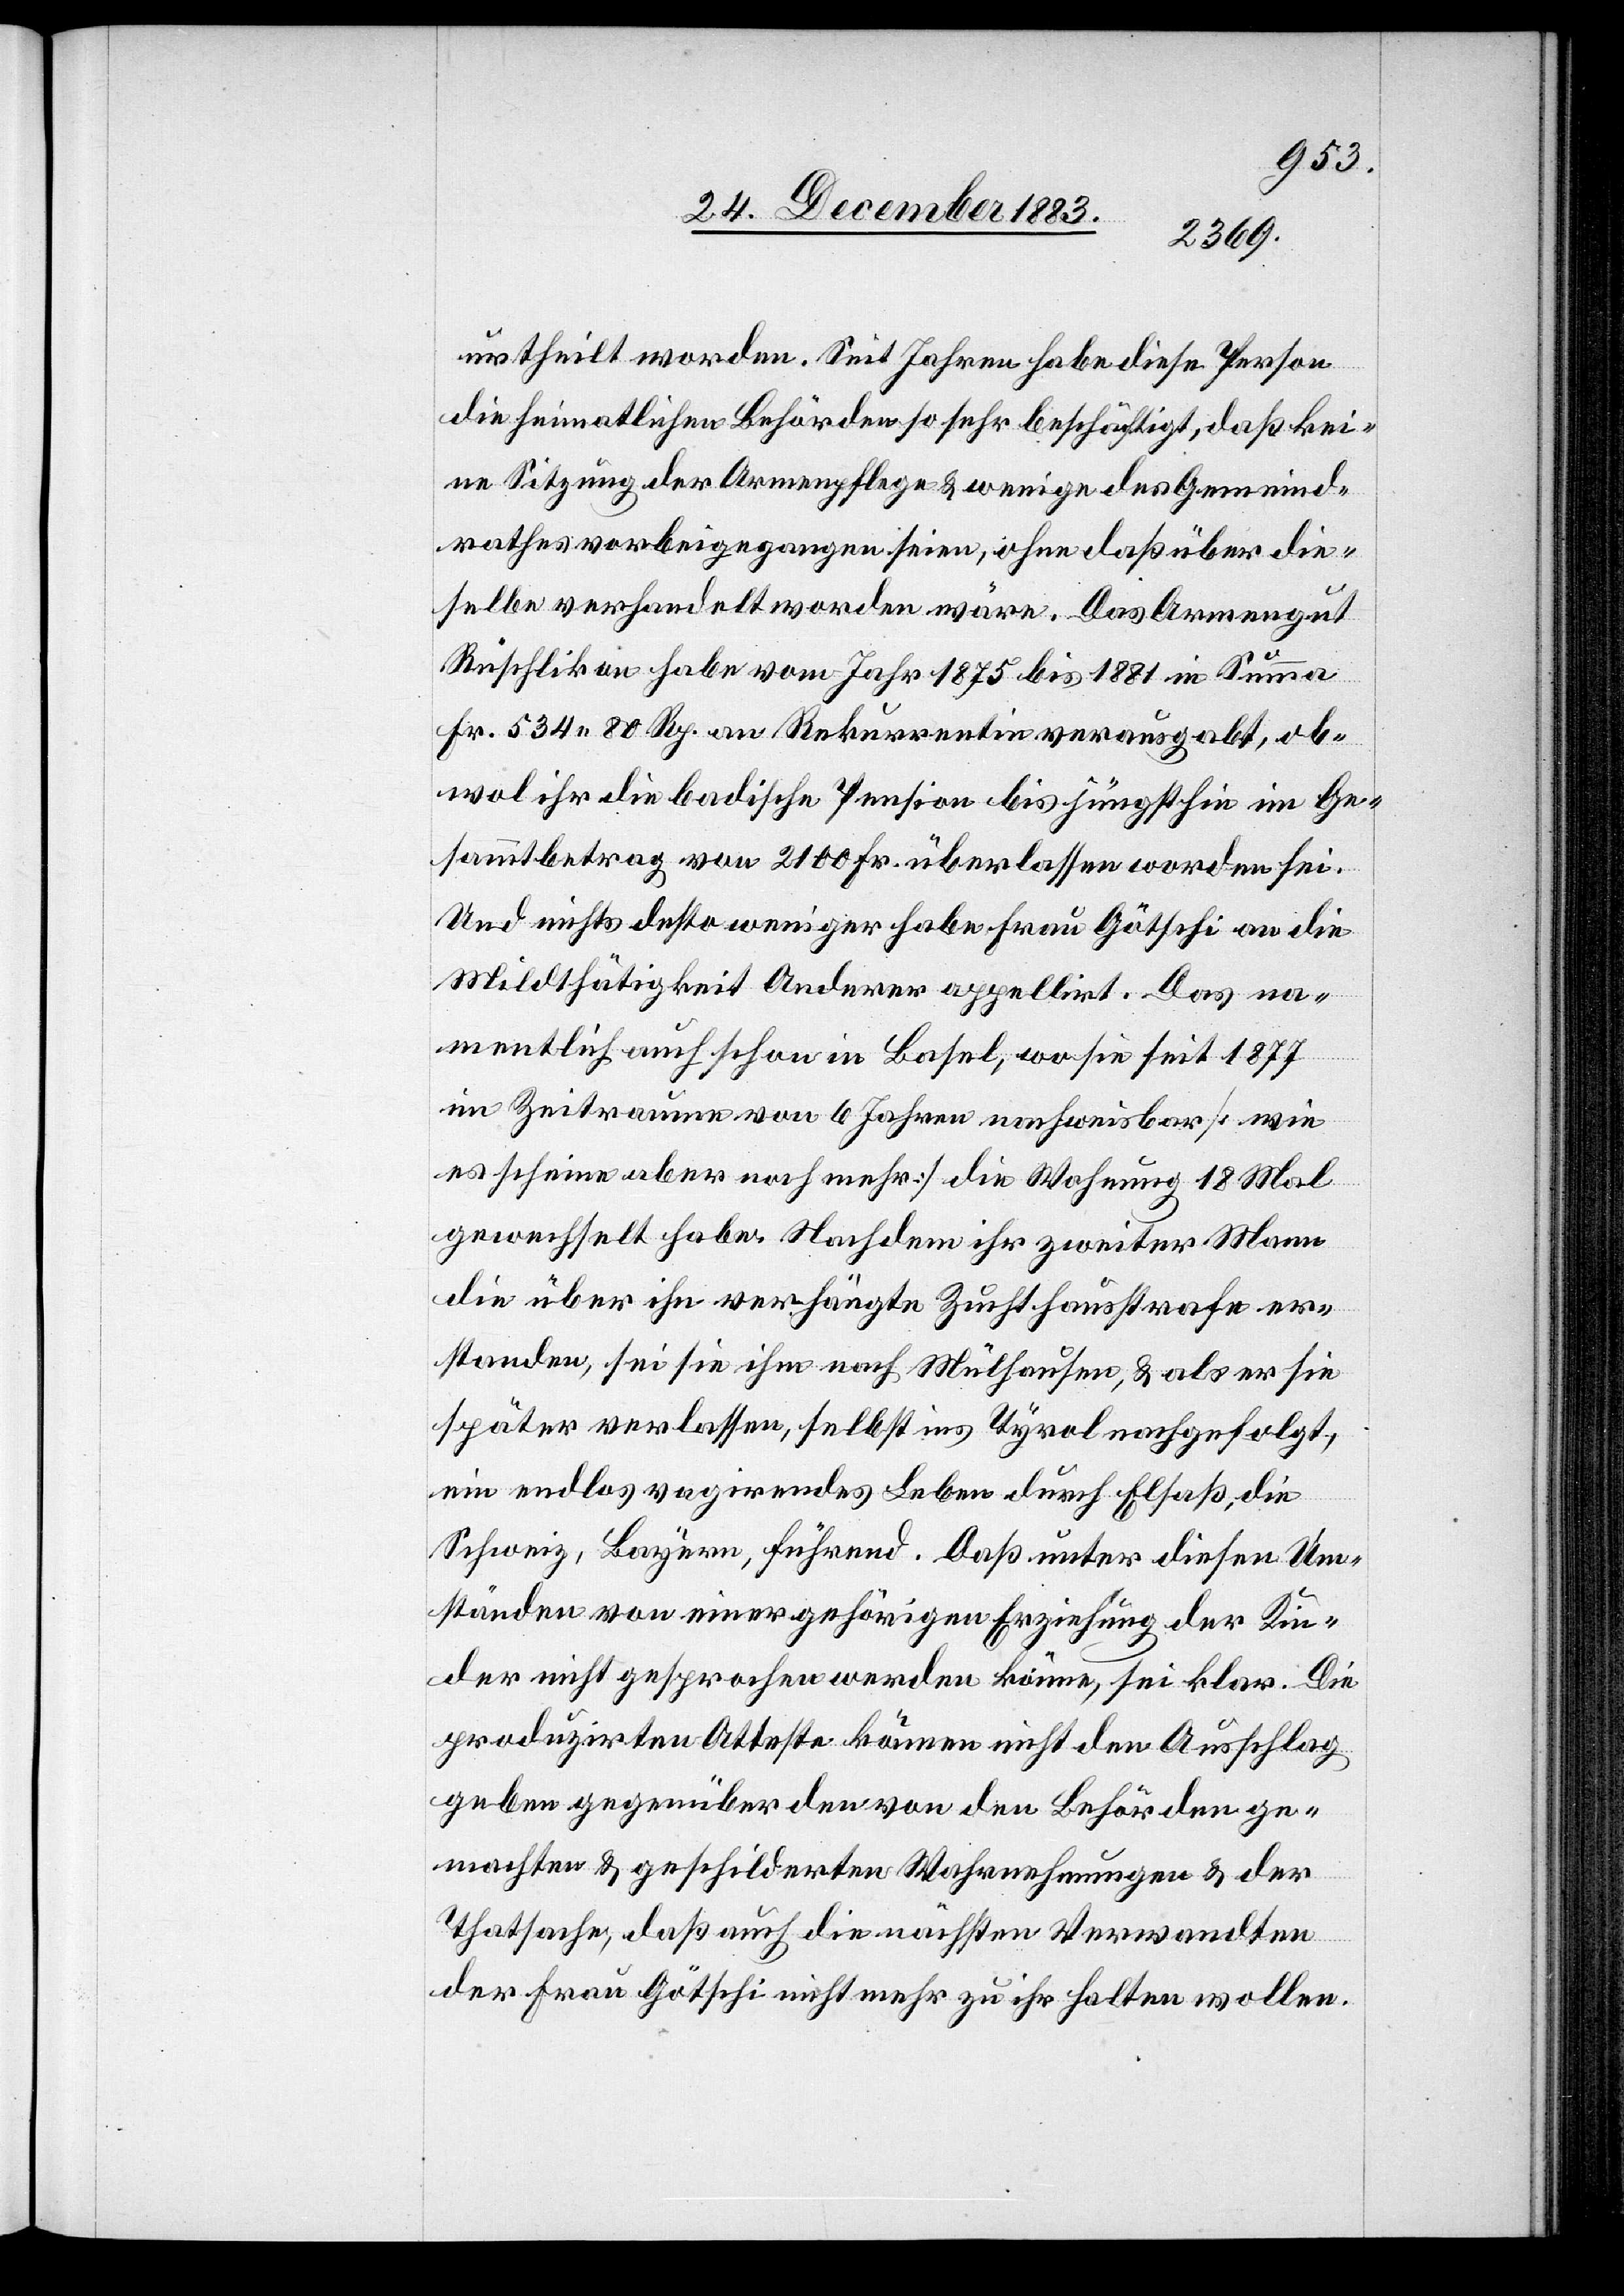
urtheilt worden. Seit Jahren habe diese Person
die heimatlichen Behörden so sehr beschäftigt, daß kei¬
ne Sitzung der Armenpflege & wenige des Gemeind¬
rathes vorbeigegangen seien, ohne daß über die¬
selbe verhandelt worden wäre. Das Armengut
Rüschlikon habe vom Jahr 1875 bis 1881 in Summa
Fr. 534 80 Rp. an Rekurrentin verausgabt, ob¬
wol ihr die badische Pension bis jüngsthin im Ge¬
sammtbetrag von 2100 Fr. überlassen worden sei.
Und nichts desto weniger habe Frau Götschi an die
Mildthätigkeit Anderer appellirt. Das na¬
mentlich auch schon in Basel, wo sie seit 1877
im Zeitraume von 6 Jahren nachweisbar [wie
es scheine aber noch mehr] die Wohnung 18 Mal
gewechselt habe. Nachdem ihr zweiter Mann
die über ihn verhängte Zuchthausstrafe er¬
standen, sei sie ihm nach Mülhausen, & als er sie
später verlassen, selbst ins Tyrol nachgefolgt,
ein endlos vagirendes Leben durch Elsaß, die
Schweiz, Bayern, führend. Daß unter diesen Um¬
ständen von einer gehörigen Erziehung der Kin¬
der nicht gesprochen werden könne, sei klar. Die
produzirten Atteste können nicht den Ausschlag
geben gegenüber den von den Behörden ge¬
machten & geschilderten Wahrnehmungen & der
Thatsache, daß auch die nächsten Verwandten
der Frau Götschi nicht mehr zu ihr halten wollen.